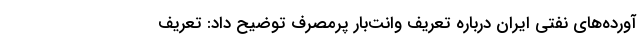
آورده‌های نفتی ایران درباره تعریف وانت‌بار پرمصرف توضیح داد: تعریف